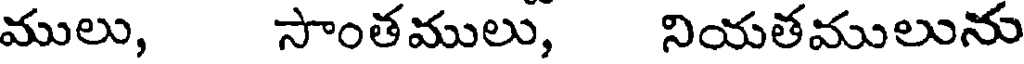
ములు, సాంతములు, నియతములును